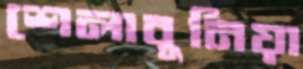
শেলাবুনিয়া